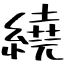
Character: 繞